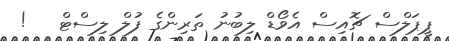
ޕީޕަލްސް ޗޮއިސް އެވޯޑް ލިބުނު ތަރިންގެ ފުލް ލިސްޓް   !